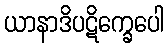
ယာနာဒိပဋိက္ခေပေါ